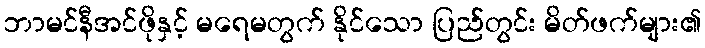
ဘာမင်နီအင်ဖိုနှင့် မရေမတွက် နိုင်သော ပြည်တွင်း မိတ်ဖက်များ၏